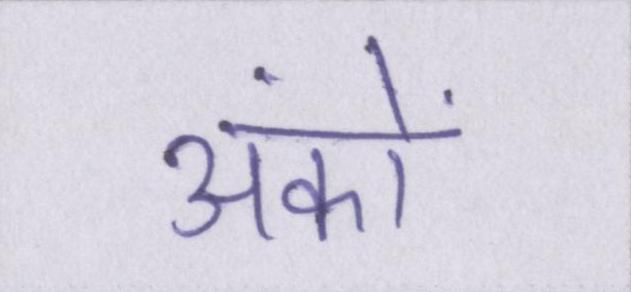
अंकों